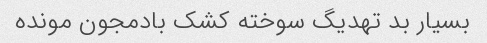
بسیار بد تهدیگ سوخته کشک بادمجون مونده